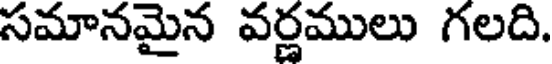
సమానమైన వర్ణములు గలది.